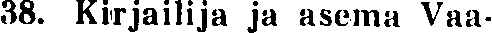
38. Kirjailija ja asema Vaa-